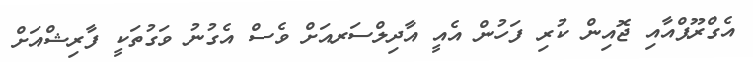
އެގްރޫޕްއާއި ޖޮއިން ކުރި ފަހުން އެއީ އާދިލްސަރއަށް ވެސް އެގުނު ވަގުތަކީ ފާރިޝްއަށް